Document type: Emphyteutic lease
Year: 1333
Scribe: Berenguer Simó
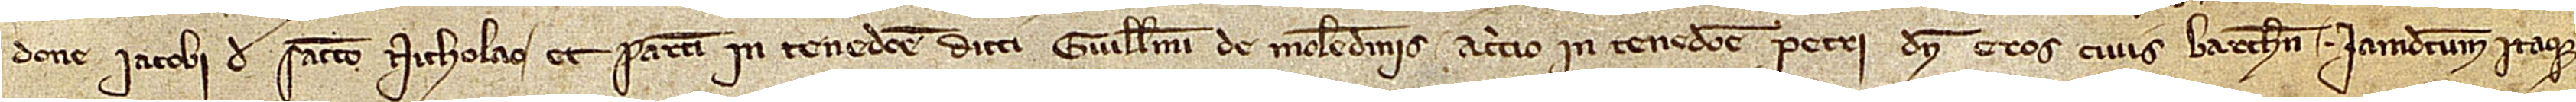
done Iacobi de Sancto Nicholao, et partim in tenedone dicti Guillelmi de Molendinis; a circio in tenedone Petri d’en Cros, civis Barchinone. Iamdictum itaque